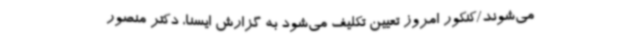
می‌شوند/کنکور امروز تعیین تکلیف می‌شود به گزارش ایسنا، دکتر منصور